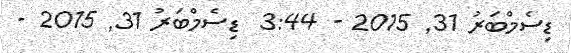
ޑިސެމްބަރު 31